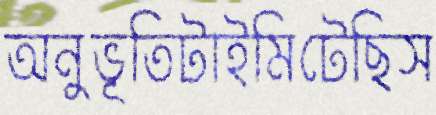
অনুভূতিটাইমিটেছিস